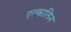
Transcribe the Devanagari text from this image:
एल्कालिन